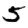
Digit: 5